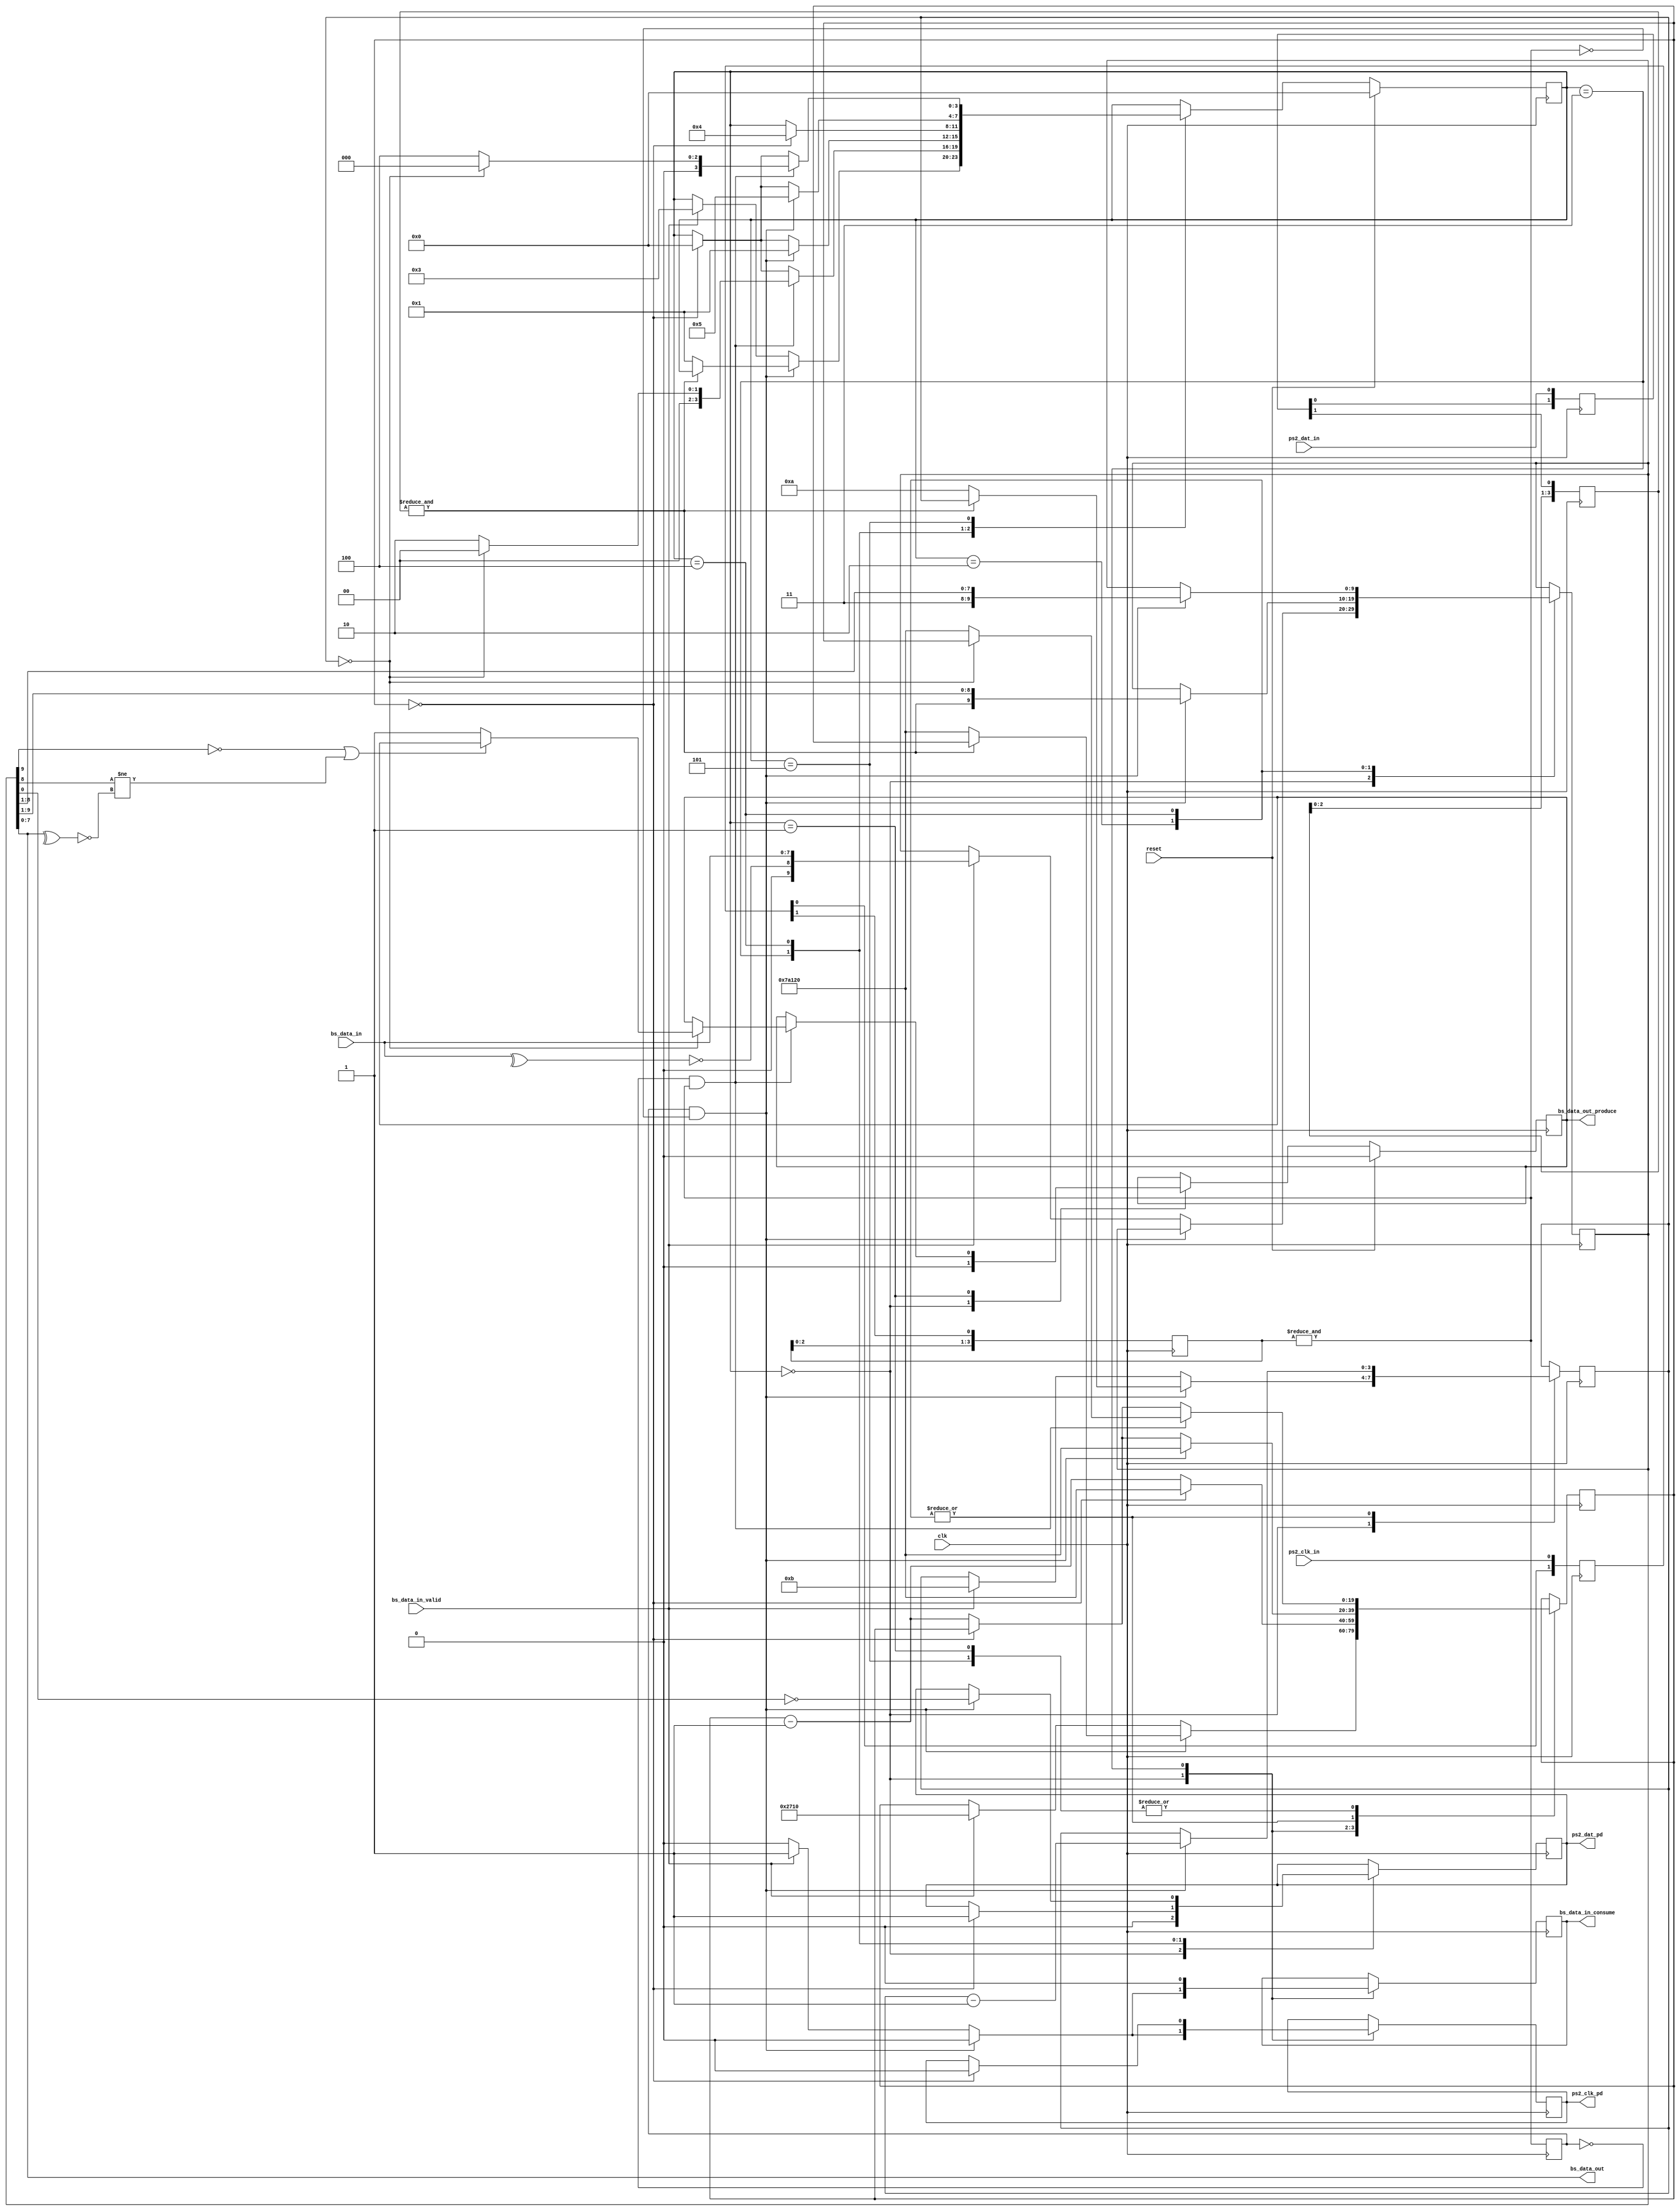
/* bytetream_ps2
 *
 * This component provides a PS/2 serial TX/RX interface into an 8-bit
 * send/receive channel interface.  See bytestream_uart.v etc.
 *
 *
 * Magic operation:
 * This is generally RX but I do want to support TX.  A state machine goes into
 * ST_TX when a TX byte is present (and returns to ST_IDLE after).
 *
 * In ST_IDLE:
 * - If CLK goes low, start bit is being transmitted; go to ST_RX and
 *   wait for D0-D7 (plus parity, plus stop).  Sample data when CLK is low.
 * - If TX and CLK high, go into ST_TX; pull CLK low for >=100us, DAT low,
 *   release CLK, change data when CLK goes low.  There are 11 falling edges,
 *   1 start, 8 data, 1 parity, 1 stop, then a final rising edge where device
 *   asserts ACK.
 *
 * Should implement timeouts on the CLK edges -- abort a TX/RX if there's no clock
 * for say 10ms.  Expected clock is about 10KHz (i.e. much slower than system clock).
 *
 * 15/3/21 ME
 *
 * Copyright 2021-2022 Matt Evans
 * SPDX-License-Identifier: Apache-2.0 WITH SHL-2.1
 *
 * Licensed under the Solderpad Hardware License v 2.1 (the License); you may
 * not use this file except in compliance with the License, or, at your option,
 * the Apache License version 2.0. You may obtain a copy of the License at
 *
 *  https://solderpad.org/licenses/SHL-2.1/
 *
 * Unless required by applicable law or agreed to in writing, any work
 * distributed under the License is distributed on an AS IS BASIS, WITHOUT
 * WARRANTIES OR CONDITIONS OF ANY KIND, either express or implied. See the
 * License for the specific language governing permissions and limitations
 * under the License.
 */


module bytestream_ps2(input wire        clk,
		      input wire        reset,

		      /* PS2 interface: */
                      input wire        ps2_clk_in,
		      output wire       ps2_clk_pd, // 1=Pull-down
                      input wire        ps2_dat_in,
		      output wire       ps2_dat_pd, // 1=Pull-down

		      /* Bytestream interface: */
		      input wire [7:0]  bs_data_in,
		      input wire        bs_data_in_valid,
		      output wire       bs_data_in_consume,

		      output wire [7:0] bs_data_out,
		      output wire       bs_data_out_produce
		      );

   parameter CLK_RATE = 50*1000*1000;
   parameter TIMEOUT  = (CLK_RATE/100);

   localparam START_TX_DELAY = CLK_RATE/5000;	// 200us

   reg                                  dat_pd;
   reg                                  clk_pd;
   reg [1:0]                            dati;
   reg [1:0]                            clki;
   reg [3:0]                            dsr;
   reg [3:0]                            csr;
   // Debounced inputs: are the last N samples the same? (biased high but hey)
`ifdef TEST_NO_DEBOUNCE
   wire                                 pdat = ps2_dat_in;
   wire                                 pclk = ps2_clk_in;
`else
   wire                                 pdat = &dsr[3:0];
   wire                                 pclk = &csr[3:0];
`endif

   reg [3:0]                            state;
`define ST_IDLE 	0
`define ST_RX 		1
`define ST_RX_WH	2
`define ST_TX		3
`define ST_TX_WL	4
`define ST_TX_WH	5

   reg [3:0]                            count;
   reg [9:0]                            ldata;
   reg                                  produce;
   reg                                  consume;
   reg                                  last_pclk;
   reg [19:0]                           timeout;

   // Odd parity:  1 if there are an even number of 1s in the data.
   wire                                 rparity = ~(^ldata[7:0]);
   wire                                 tparity = ~(^bs_data_in[7:0]);

   ////////////////////////////////////////////////////////////////////////////////
   // Main FSM

   always @(posedge clk) begin
      /* Input synch/debouncing */
      dati[1:0] <= {dati[0], ps2_dat_in};
      clki[1:0] <= {clki[0], ps2_clk_in};

      dsr[3:0]  <= {dsr[2:0], dati[1]};
      csr[3:0]  <= {csr[2:0], clki[1]};

      last_pclk <= pclk;


      /* FSM */
      case (state)

        `ST_IDLE: begin
           dat_pd        <= 0;
           clk_pd        <= 0;
           produce       <= 0;
           consume       <= 0;

           // A falling edge marks the start of a transmission from device:
           if (last_pclk == 1 && pclk == 0) begin
              if (pdat == 0) begin
                 state      <= `ST_RX;
                 count      <= 10;       	// 10 falling edges (8+par+stop)
                 timeout    <= TIMEOUT;
              end
              // Else, what if start bit was 1?

           end else if (bs_data_in_valid) begin
              ldata   <= {1'b0, tparity, bs_data_in};
              consume <= 1;		// For a cycle
              state   <= `ST_TX;
              count   <= 11;       	// 11 rising edges (st+8+par+stop)
              // Initiate TX by holding CLK low for >100us:
              timeout <= START_TX_DELAY;
              clk_pd	 <= 1;
           end
        end


        `ST_RX: begin
           // Just wait for a rising edge:
           if (last_pclk == 0 && pclk == 1) begin
              // If we're done, send data.
              if (count == 0) begin
                 // Saw the final edge.  Now, ldata is {stop, parity, data}.
                 if (ldata[9] != 1 || ldata[8] != rparity) begin
                    // FIXME: complain
                 end else begin
                    // RX'd data!  Strobe for 1 clock:
                    produce <= 1;
                 end
                 state   <= `ST_IDLE;

              end else begin // if (count == 0)
                 // Go wait for a falling edge & new bit:
                 timeout <= TIMEOUT;
                 state   <= `ST_RX_WH;
              end

           end else begin
              if (timeout == 0)	// FIXME complain
                state <= `ST_IDLE;
              else
                timeout <= timeout - 1;
           end
        end


        `ST_RX_WH: begin
           // Wait for a falling edge and sample new data:
           if (last_pclk == 1 && pclk == 0) begin
              ldata   <= {pdat, ldata[9:1]};
              count   <= count-1;
              timeout <= TIMEOUT;
              state   <= `ST_RX;

           end else begin
              if (timeout == 0)	// FIXME complain
                state <= `ST_IDLE;
              else
                timeout <= timeout - 1;
           end
        end


        `ST_TX: begin
           consume     <= 0;
           // CLK is being held low.
           if (timeout == 0) begin
              // 100us done!  Bring DAT low, release CLK
              dat_pd  <= 1;
              clk_pd  <= 0;
              timeout <= TIMEOUT;
              state   <= `ST_TX_WL;

           end else begin
              timeout <= timeout - 1;
           end
        end // case: `ST_TX


        `ST_TX_WL: begin
           // Wait for device to bring CLK low, then we emit a data bit:
           if (last_pclk == 1 && pclk == 0) begin
              dat_pd  <= ~ldata[0];
              ldata   <= {2'b11, ldata[8:1]};
              count   <= count - 1;
              timeout <= TIMEOUT;
              state   <= `ST_TX_WH;

           end else begin
              if (timeout == 0)	// FIXME complain
                state <= `ST_IDLE;
              else
                timeout <= timeout - 1;
           end
        end


        `ST_TX_WH: begin
           // Wait for device to bring CLK high
           if (last_pclk == 0 && pclk == 1) begin

              if (count == 0) begin
                 // Sample ACK bit
                 if (pdat == 1) begin
                    // No ACK!  FIXME complain
                 end
                 state <= `ST_IDLE;

              end else begin
                 timeout <= TIMEOUT;
                 state   <= `ST_TX_WL;
              end

           end else begin
              if (timeout == 0)	// FIXME complain
                state <= `ST_IDLE;
              else
                timeout <= timeout - 1;
           end

        end

        default: begin
        end
      endcase

      if (reset) begin
         state   <= `ST_IDLE;
         produce <= 0;
      end
   end

   ////////////////////////////////////////////////////////////////////////////////

   assign bs_data_out = ldata[7:0];
   assign bs_data_out_produce = produce;
   assign bs_data_in_consume = consume;

   assign ps2_clk_pd = clk_pd;
   assign ps2_dat_pd = dat_pd;


endmodule // bytestream_ps2